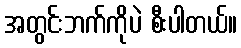
အတွင်းဘက်ကိုပဲ စီးပါတယ်။